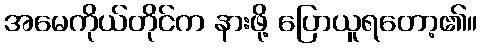
အမေကိုယ်တိုင်က နားဖို့ ပြောယူရတော့၏။